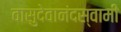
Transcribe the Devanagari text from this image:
वासुदेवानंदस्वामी